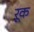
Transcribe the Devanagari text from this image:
ऱूक